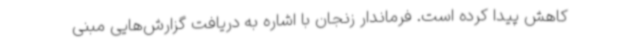
کاهش پیدا کرده است. فرماندار زنجان با اشاره به دریافت گزارش‌هایی مبنی